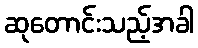
ဆုတောင်းသည့်အခါ